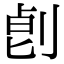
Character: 𠜷